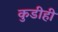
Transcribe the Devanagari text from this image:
कुडीही